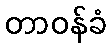
တာဝန်ခံ